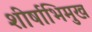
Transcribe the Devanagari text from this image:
शीर्षाभिमुख